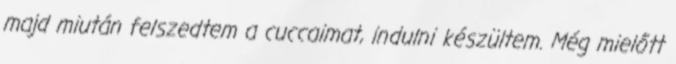
majd miután felszedtem a cuccaimat, indulni készültem. Még mielőtt